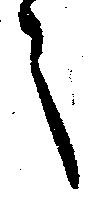
之